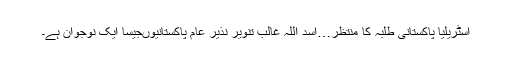
آسٹریلیا پاکستانی طلبہ کا منتظر…اسد اللہ غالب تنویر نذیر عام پاکستانیوںجیسا ایک نوجوان ہے۔